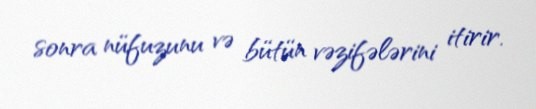
sonra nüfuzunu və bütün vəzifələrini itirir.